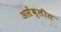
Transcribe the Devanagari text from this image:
असेंब्लीत